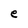
Character: e